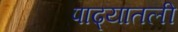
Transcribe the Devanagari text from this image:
पाढ्यातली